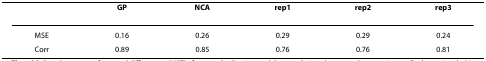
|  | GP | NCA | rep1 | rep2 | rep3 |
 | --- | --- | --- | --- | --- | --- |
 | MSE | 0.16 | 0.26 | 0.29 | 0.29 | 0.24 |
 | Corr | 0.89 | 0.85 | 0.76 | 0.76 | 0.81 |